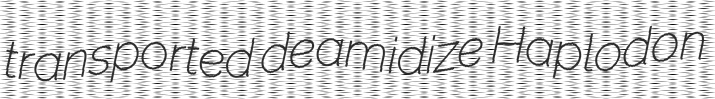
transported deamidize Haplodon